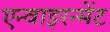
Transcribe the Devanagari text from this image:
एन्वाइरन्मेंट